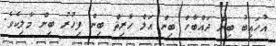
އުހައިބު ބިން ދައްބާހް ބިން އަލް ހާރިޘް ބިން ފިހުރު ބިން މާލިކެވެ.